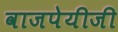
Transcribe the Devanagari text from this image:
वाजपेयीजी